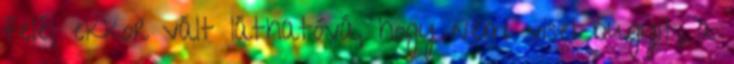
felé, ekkor vált láthatóvá, hogy nem visel bugyit, a